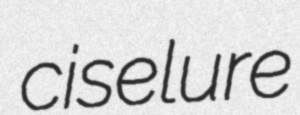
ciselure